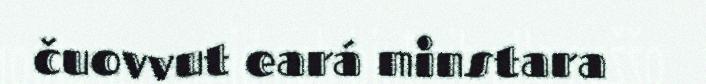
čuovvut eará minstara